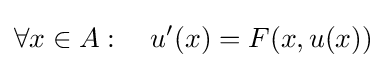
\forall x\in A:\quad u'(x)=F(x,u(x))